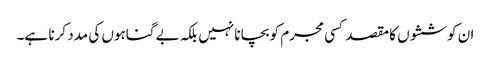
ان کوششوں کا مقصد کسی مجرم کو بچانا نہیں بلکہ بے گناہوں کی مدد کرنا ہے۔